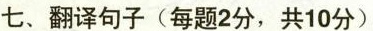
七、翻译句子(每题2分，共10分)